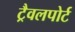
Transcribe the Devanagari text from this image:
ट्रैवलपोर्ट